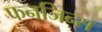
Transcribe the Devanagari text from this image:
फनजिन्स